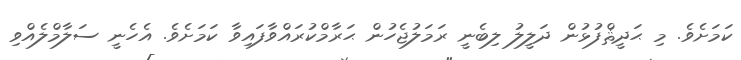
ކަމަށެވެ. މި ޙަދީޘްފުޅުން ދަލީލު ލިބެނީ ރަމަލުޖެހުން ޙަރާމްކުރައްވާފައިވާ ކަމަށެވެ. އެހެނީ ސަލާމްލެއްވި